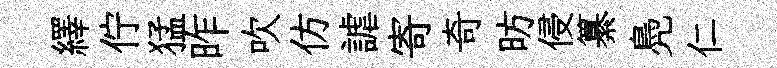
繹佇猛昨吹仿謔寄奇昉侵纂鳧仁